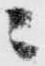
ニ